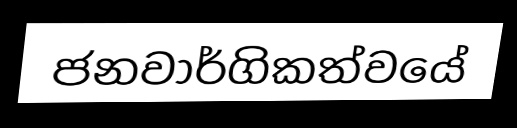
ජනවාර්ගිකත්වයේ